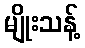
မျိုးသန့်